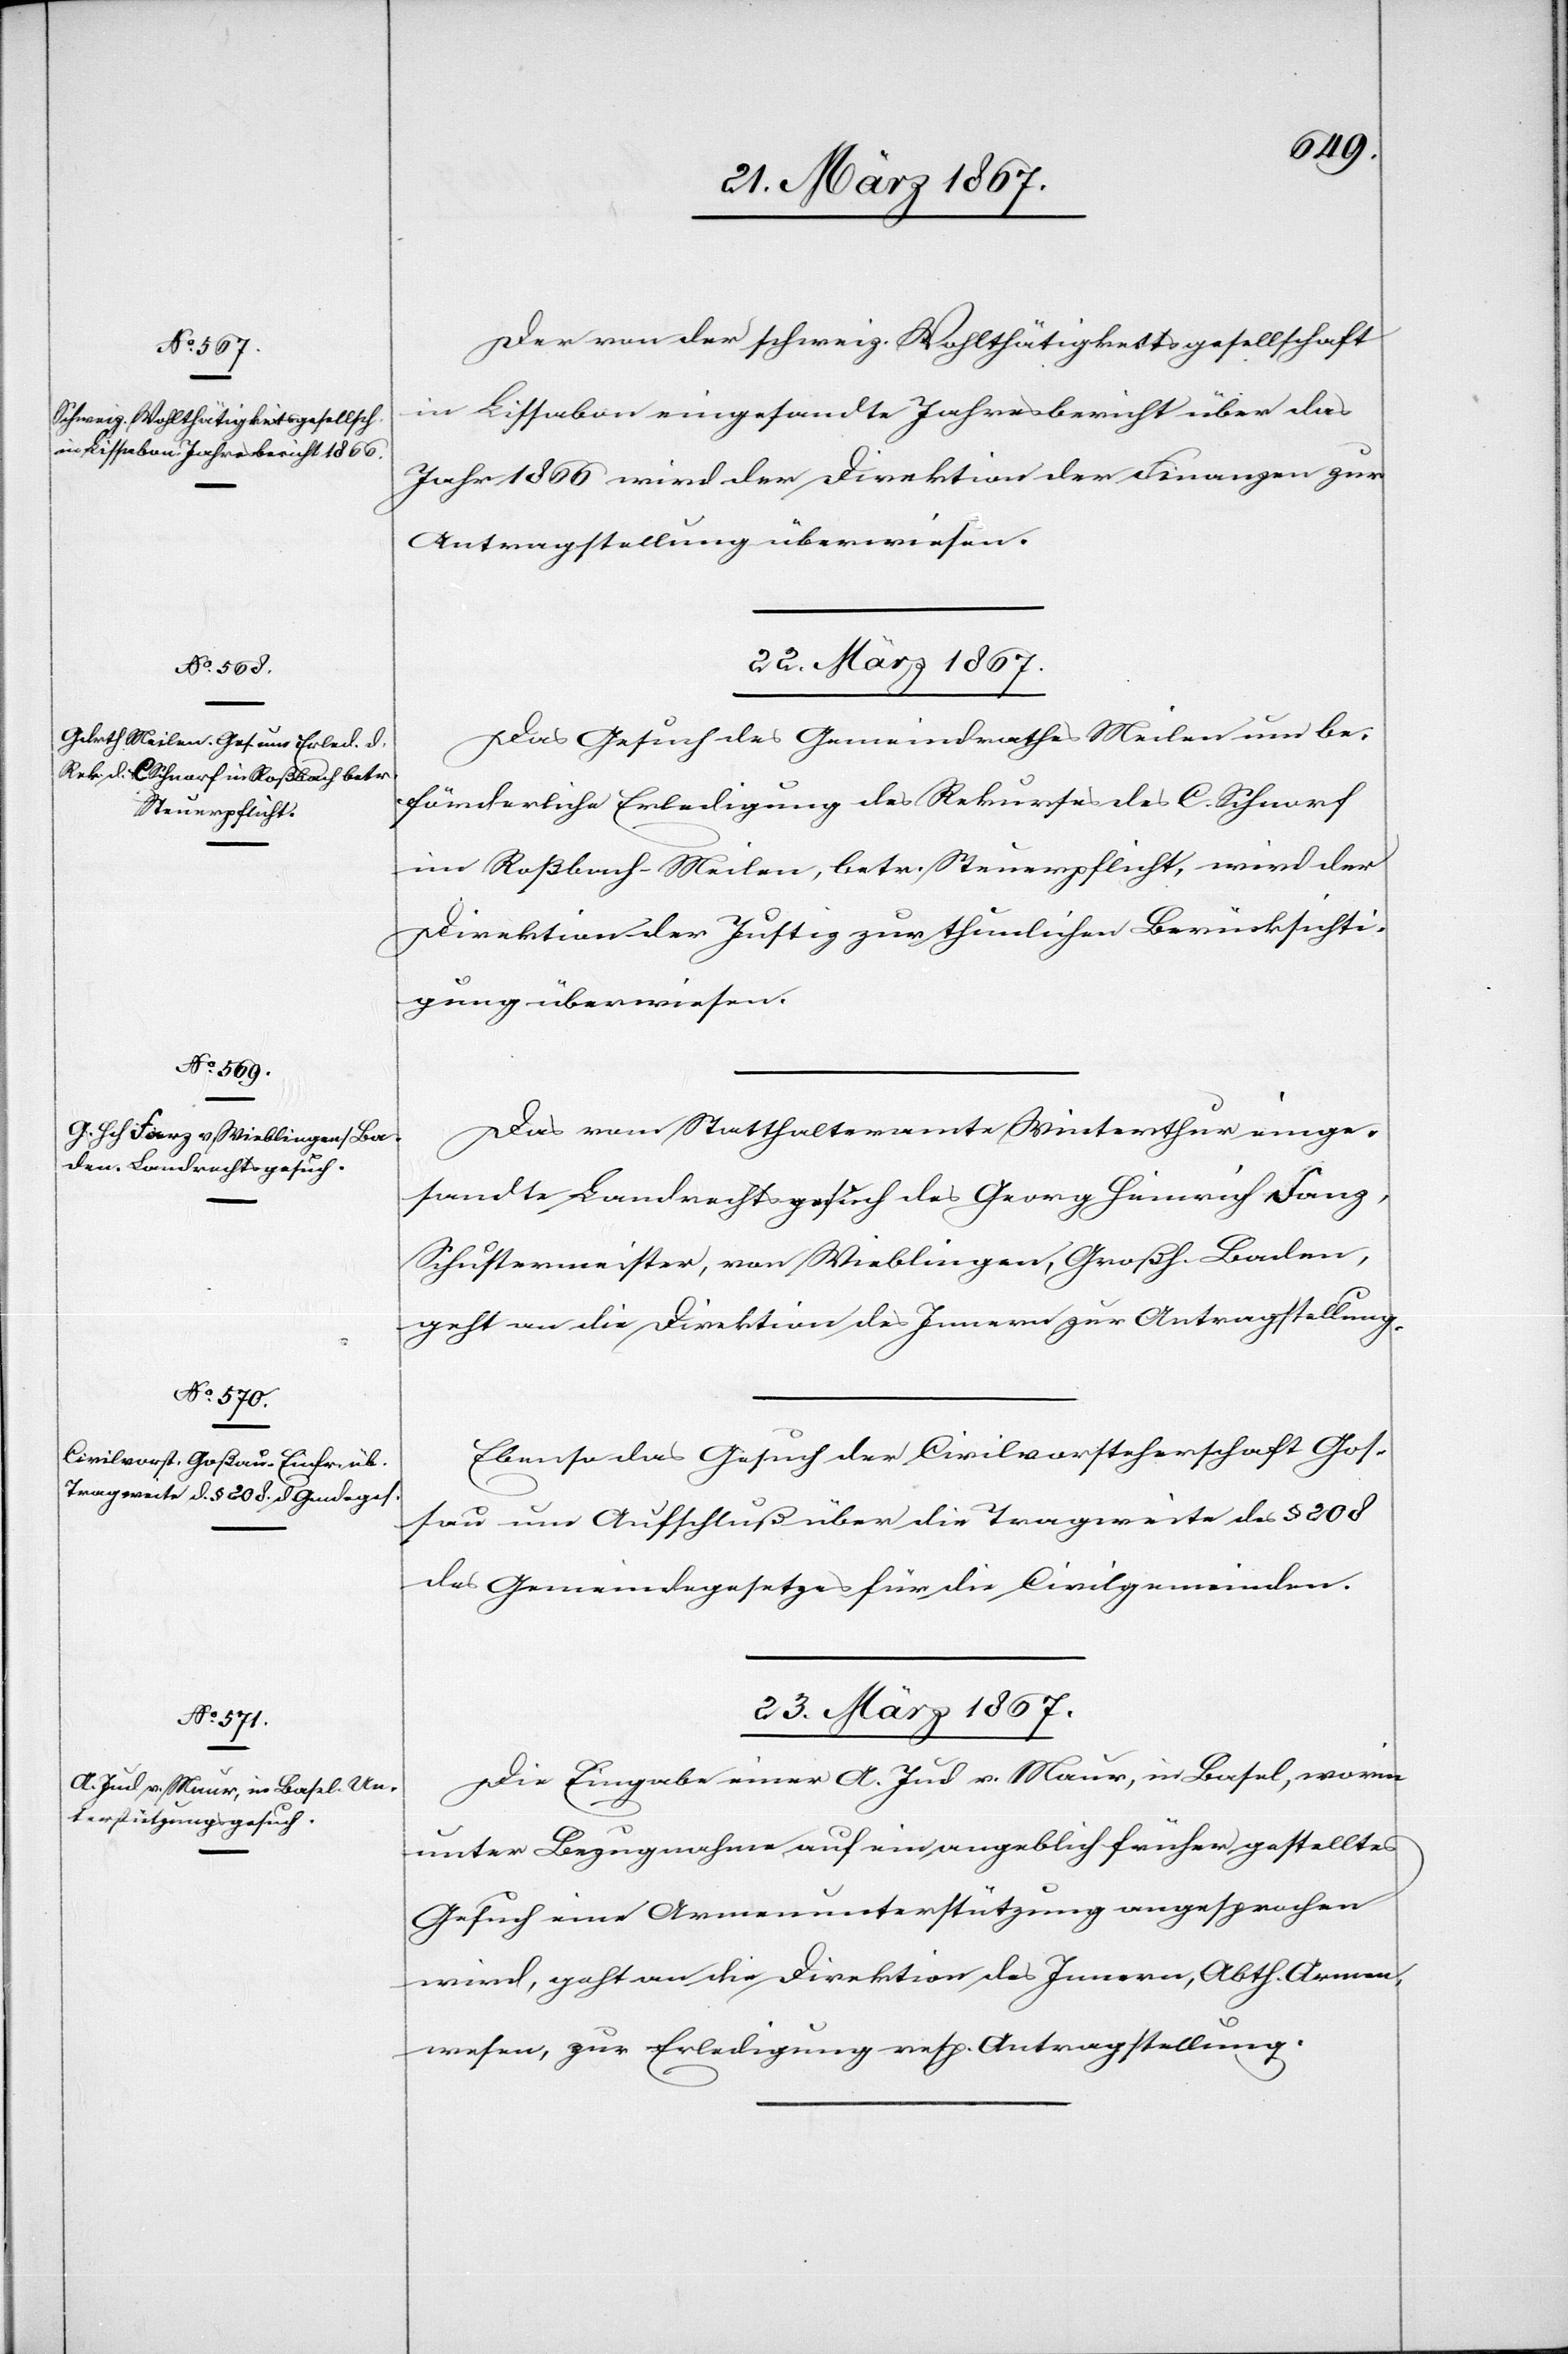
21. März 1867.]
Der von der schweiz. Wohlthätigkeitsgesellschaft
in Lissabon eingesandte Jahresbericht über das
Jahr 1866 wird der Direktion der Finanzen zur
Antragstellung überwiesen.
22. März 1867.]
Das Gesuch des Gemeindrathes Meilen um be¬
förderliche Erledigung des Rekurses des C. Schnorf
im Roßbach-Meilen, betr. Steuerpflicht, wird der
Direktion der Justiz zur thunlichen Berücksichti¬
gung überwiesen.
Das vom Statthalteramte Winterthur einge¬
sandte Landrechtsgesuch des Georg Heinrich Fanz,
Schustermeister, von Wieblingen, Großh. Baden,
geht an die Direktion des Innern zur Antragstellung.
Ebenso das Gesuch der Civilvorsteherschaft Goß¬
au um Aufschluß über die Tragweite des § 208
des Gemeindegesetzes für die Civilgemeinde.
23. März 1867.
Die Eingabe einer A. Jud v. Maur, in Basel, worin
unter Bezugnahme auf ein angeblich früher gestelltes
Gesuch eine Armenunterstützung angesprochen
wird, geht an die Direktion des Innern, Abth. Armen¬
wesen, zur Erledigung resp. Antragstellung.